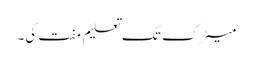
میٹرک تک تعلیم مفت کی۔